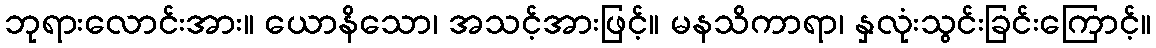
ဘုရားလောင်းအား။ ယောနိသော၊ အသင့်အားဖြင့်။ မနသိကာရာ၊ နှလုံးသွင်းခြင်းကြောင့်။